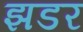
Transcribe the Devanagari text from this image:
झडर